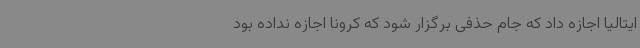
ایتالیا اجازه داد که جام حذفی برگزار شود که کرونا اجازه نداده بود